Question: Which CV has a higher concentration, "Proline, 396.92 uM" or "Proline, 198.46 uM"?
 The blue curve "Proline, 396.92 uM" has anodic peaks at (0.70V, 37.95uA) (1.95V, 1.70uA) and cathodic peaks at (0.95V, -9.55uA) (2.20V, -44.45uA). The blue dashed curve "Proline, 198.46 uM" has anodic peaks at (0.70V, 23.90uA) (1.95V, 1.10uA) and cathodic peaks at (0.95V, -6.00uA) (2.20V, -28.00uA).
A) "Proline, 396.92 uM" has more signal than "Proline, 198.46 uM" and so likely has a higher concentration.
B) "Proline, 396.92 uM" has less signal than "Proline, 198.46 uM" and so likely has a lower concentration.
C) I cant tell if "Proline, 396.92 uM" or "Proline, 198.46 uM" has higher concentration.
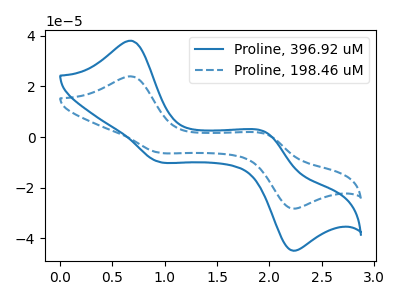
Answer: <think>All the peaks in "Proline, 396.92 uM" have a peak in "Proline, 198.46 uM" at the same potential. Every peak in "Proline, 396.92 uM" is higher than every peak in "Proline, 198.46 uM".
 </think>
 <answer>A) "Proline, 396.92 uM" has more signal than "Proline, 198.46 uM" and so likely has a higher concentration.</answer>
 <eval>A</eval>